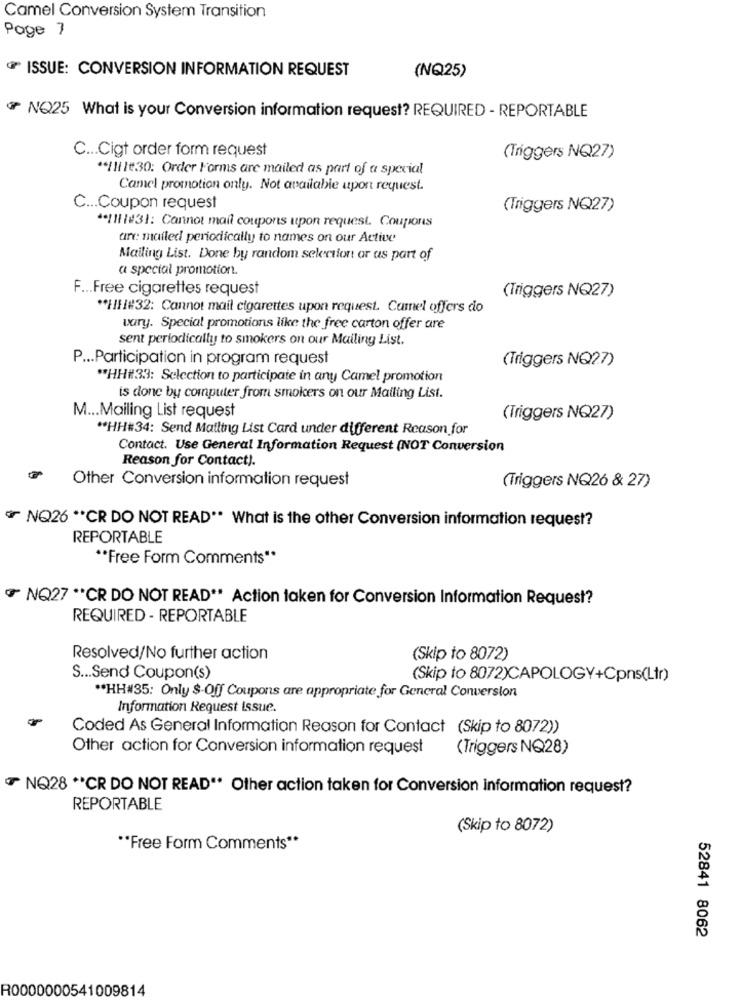
Camel Conversion System Transition
Page 7
ISSUE: CONVERSION INFORMATION REQUEST
(NQ25)
៛ NO25 What is your Conversion information request? REQUIRED - REPORTABLE
C ... Cigt order form request
(Triggers NQ27)
** /11 1€30: Order Forms are mailed as part of a special
Camel promotion only. Not available upon request.
C ... Coupon request
(Triggers NQ27)
** /11 /431: Cannot mail coupons upon request. Coupons
are mailed periodically to names on our Active
Mailing List. Done by random selection or as part of
a special promotion.
F ... Free cigarettes request
(Triggers NQ27)
*HH#32: Cannot mail cigarettes upon request. Camel offers do
wary. Special promotions like the free carton offer are
sent periodically to smokers on our Mailing List.
P ... Participation in program request
(Triggers NQ27)
** HH#33: Selection to participate in any Camel promotion
is done by computer from smokers on our Mailing List.
M ... Mailing List request
(Triggers NQ27)
** HH#34: Send Mailing List Card under different Reason for
Contact. Use General Information Request (NOT Conversion
Reason for Contact !.
Other Conversion information request
(Triggers NQ26 & 27)
NQ26 ** CR DO NOT READ" What is the other Conversion information request?
REPORTABLE
** Free Form Comments"*
NQ27 "CR DO NOT READ" Action taken for Conversion Information Request?
REQUIRED - REPORTABLE
Resolved/No further action
(Skip to 8072)
S ... Send Coupon(s)
(Skip to 8072)CCAPOLOGY+Cpns(Ltr)
** HH#35: Only $-Off Coupons are appropriate for General Conversion
Information Request issue.
Coded As General Information Reason for Contact (Skip to 8072))
Other action for Conversion information request
(Triggers NQ28)
TNQ28 ** CR DO NOT READ" Other action taken for Conversion information request?
REPORTABLE
(Skip to 8072)
"Free Form Comments **
52841 8062
R0000000541009814